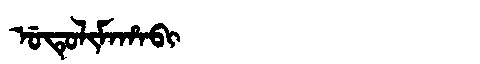
Manchu: ᡠᡨᡠᠯᡳᠮᠠᡥᠠᠪᡳ
Romanization: UTULIMAHABI